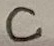
Text: C